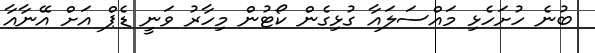
ބުނެ ހުށަހެޅި މައްސަލައާ ގުޅިގެން ކޯޓުން މިހާރު ވަނީ ޑެޕް އަށް އޭނާއާ